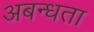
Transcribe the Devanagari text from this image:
अबन्धता